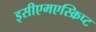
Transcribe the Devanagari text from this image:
इसीएमएस्क्रिप्ट